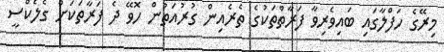
މިރޭގެ ހަފްލާގައި ބައިވެރިވާ ފަރާތްތަކުގެ ތެރެއިން ގުރުއަތުން ހޮވޭ ދެ ފަރާތަކަށް ގެލެކްސީ